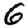
Digit: 6